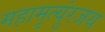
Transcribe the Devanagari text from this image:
महामृत्युंरजय